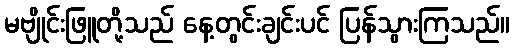
မဗျိုင်းဖြူတို့သည် နေ့တွင်းချင်းပင် ပြန်သွားကြသည်။